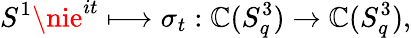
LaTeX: S^{1}\nie^{it}\longmapsto\sigma_{t}:\mathbb{C}(S_{q}^{3})\rightarrow\mathbb{C}(S_{q}^{3}),